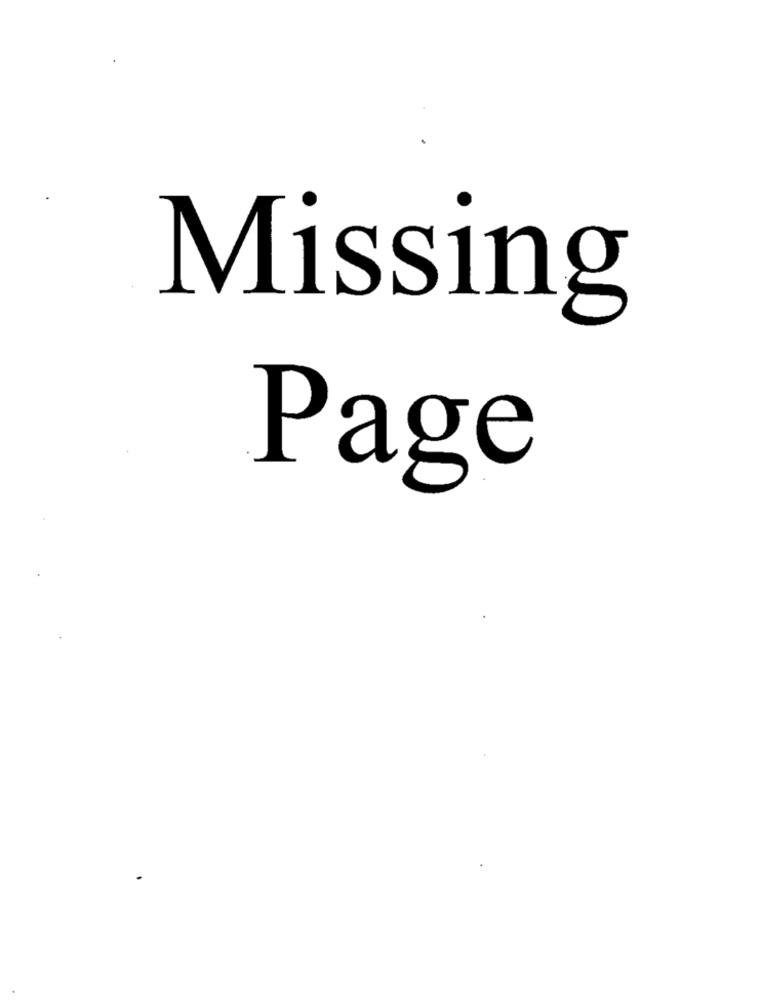
Missing
Page